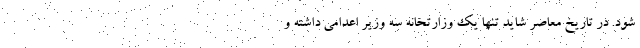
شود. در تاریخ معاصر شاید تنها یک وزارتخانه سه وزیر اعدامی داشته و